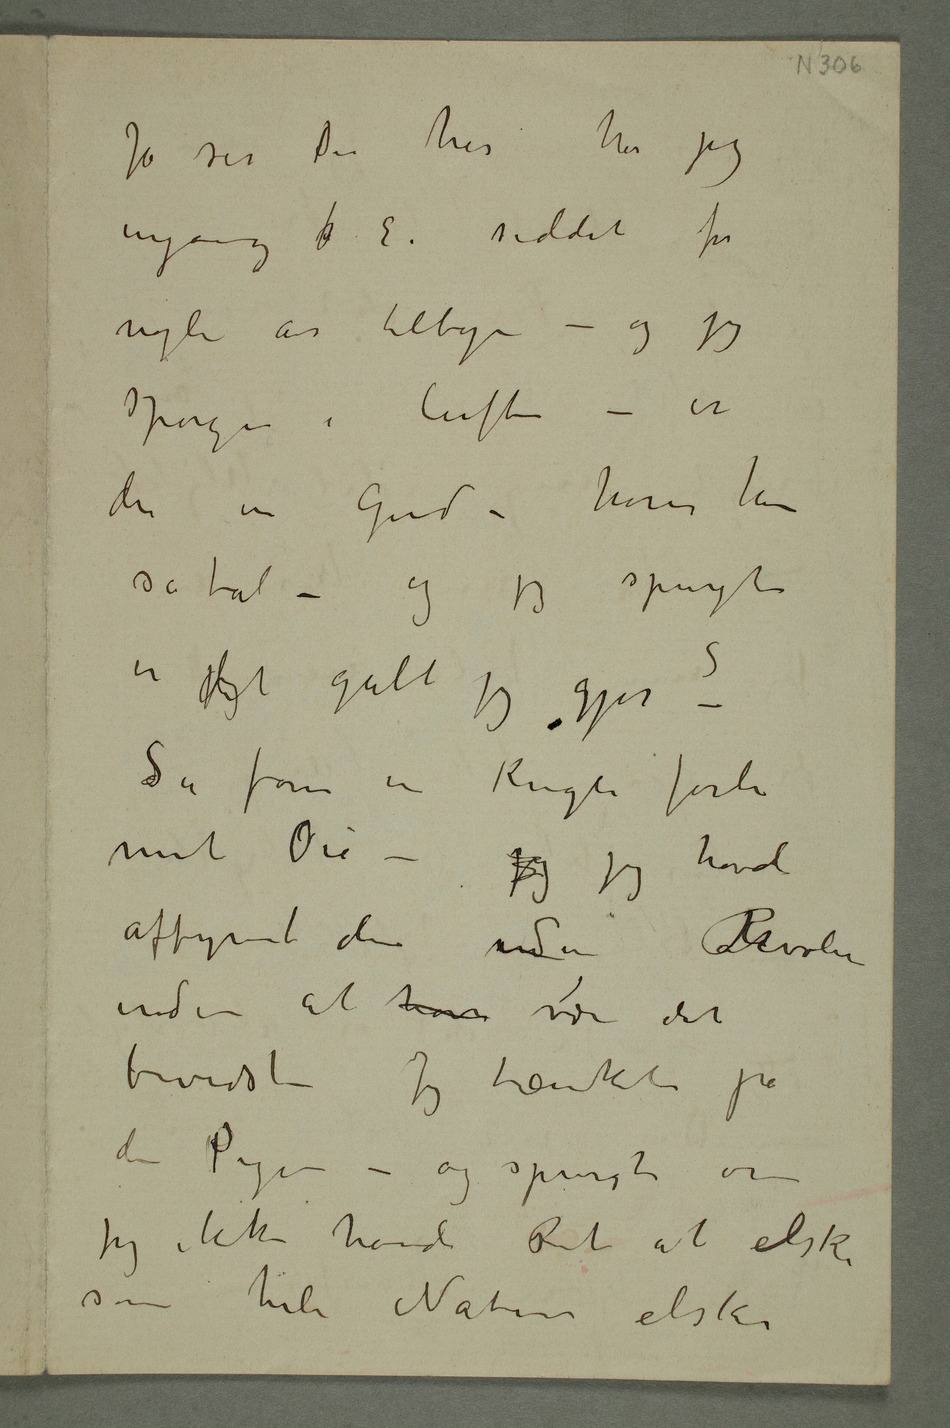
Jo ser Du her har jeg
engang  E. siddet for
nogle år tilbage – og jeg
spørger i luften –
er
der en Gud – hører han
så tal – og jeg spurgte er
Så farer en Kugle forbi
mit Øie – jeg jeg havde
affyret den meden Revolver
uden at have være det
bevidst – Jeg tænkte på
Pigen – og spurgte om
jeg ikke havde Ret at elske
som hele Naturen elsker